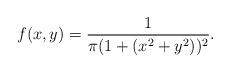
LaTeX: \begin{align*} f(x,y)=\frac1{\pi(1+(x^2+y^2))^2}. \end{align*}